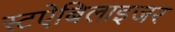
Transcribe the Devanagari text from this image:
स्टऐबिलाइजर